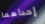
إحداهما